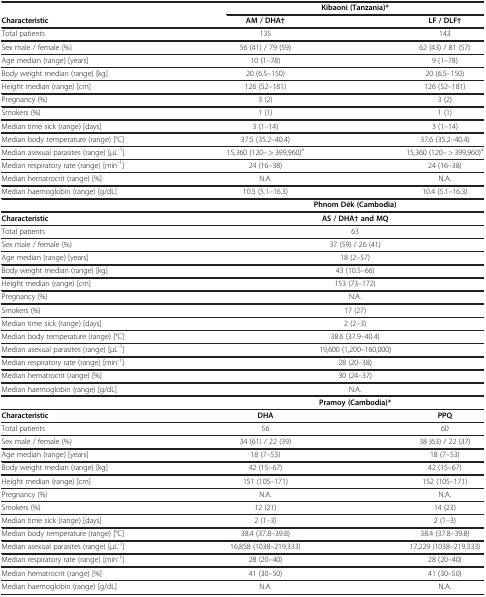
<table><thead><tr><td><b> </b></td><td colspan="2"><b>Kibaoni (Tanzania)*</b></td></tr><tr><td><b>Characteristic</b></td><td><b>AM / DHA†</b></td><td><b>LF / DLF†</b></td></tr></thead><tbody><tr><td>Total patients</td><td>135</td><td>143</td></tr><tr><td>Sex male / female (%)</td><td>56 (41) / 79 (59)</td><td>62 (43) / 81 (57)</td></tr><tr><td>Age median (range) [years]</td><td>10 (1–78)</td><td>9 (1–78)</td></tr><tr><td>Body weight median (range) [kg]</td><td>20 (6.5–150)</td><td>20 (6.5–150)</td></tr><tr><td>Height median (range) [cm]</td><td>126 (52–181)</td><td>126 (52–181)</td></tr><tr><td>Pregnancy (%)</td><td>3 (2)</td><td>3 (2)</td></tr><tr><td>Smokers (%)</td><td>1 (1)</td><td>1 (1)</td></tr><tr><td>Median time sick (range) [days]</td><td>3 (1–14)</td><td>3 (1–14)</td></tr><tr><td>Median body temperature (range) [°C]</td><td>37.5 (35.2–40.4)</td><td>37.6 (35.2–40.4)</td></tr><tr><td>Median asexual parasites (range) [μL<sup>-1</sup>]</td><td>15,360 (120– &gt; 399,960)<sup>a</sup></td><td>15,360 (120– &gt; 399,960)<sup>a</sup></td></tr><tr><td>Median respiratory rate (range) [min<sup>-1</sup>]</td><td>24 (16–38)</td><td>24 (16–38)</td></tr><tr><td>Median hematrocrit (range) [%]</td><td>N.A.</td><td>N.A.</td></tr><tr><td>Median haemoglobin (range) [g/dL]</td><td>10.5 (5.1–16.3)</td><td>10.4 (5.1–16.3)</td></tr><tr><td> </td><td colspan="2"><b>Phnom Dék (Cambodia)</b></td></tr><tr><td><b>Characteristic</b></td><td colspan="2"><b>AS / DHA† and MQ</b></td></tr><tr><td>Total patients</td><td colspan="2">63</td></tr><tr><td>Sex male / female (%)</td><td colspan="2">37 (59) / 26 (41)</td></tr><tr><td>Age median (range) [years]</td><td colspan="2">18 (2–57)</td></tr><tr><td>Body weight median (range) [kg]</td><td colspan="2">43 (10.5–66)</td></tr><tr><td>Height median (range) [cm]</td><td colspan="2">153 (73–172)</td></tr><tr><td>Pregnancy (%)</td><td colspan="2">N.A.</td></tr><tr><td>Smokers (%)</td><td colspan="2">17 (27)</td></tr><tr><td>Median time sick (range) [days]</td><td colspan="2">2 (2–3)</td></tr><tr><td>Median body temperature (range) [°C]</td><td colspan="2">38.6 (37.9–40.4)</td></tr><tr><td>Median asexual parasites (range) [μL<sup>-1</sup>]</td><td colspan="2">19,600 (1,200–160,000)</td></tr><tr><td>Median respiratory rate (range) [min<sup>-1</sup>]</td><td colspan="2">28 (20–38)</td></tr><tr><td>Median hematrocrit (range) [%]</td><td colspan="2">30 (24–37)</td></tr><tr><td>Median haemoglobin (range) [g/dL]</td><td colspan="2">N.A.</td></tr><tr><td> </td><td colspan="2"><b>Pramoy (Cambodia)*</b></td></tr><tr><td><b>Characteristic</b></td><td><b>DHA</b></td><td><b>PPQ</b></td></tr><tr><td>Total patients</td><td>56</td><td>60</td></tr><tr><td>Sex male / female (%)</td><td>34 (61) / 22 (39)</td><td>38 (63) / 22 (37)</td></tr><tr><td>Age median (range) [years]</td><td>18 (7–53)</td><td>18 (7–53)</td></tr><tr><td>Body weight median (range) [kg]</td><td>42 (15–67)</td><td>42 (15–67)</td></tr><tr><td>Height median (range) [cm]</td><td>151 (105–171)</td><td>152 (105–171)</td></tr><tr><td>Pregnancy (%)</td><td>N.A.</td><td>N.A.</td></tr><tr><td>Smokers (%)</td><td>12 (21)</td><td>14 (23)</td></tr><tr><td>Median time sick (range) [days]</td><td>2 (1–3)</td><td>2 (1–3)</td></tr><tr><td>Median body temperature (range) [°C]</td><td>38.4 (37.8–39.8)</td><td>38.4 (37.8–39.8)</td></tr><tr><td>Median asexual parasites (range) [μL<sup>-1</sup>]</td><td>16,858 (1038–219,333)</td><td>17,229 (1038–219,333)</td></tr><tr><td>Median respiratory rate (range) [min<sup>-1</sup>]</td><td>28 (20–40)</td><td>28 (20–40)</td></tr><tr><td>Median hematrocrit (range) [%]</td><td>41 (30–50)</td><td>41 (30–50)</td></tr><tr><td>Median haemoglobin (range) [g/dL]</td><td>N.A.</td><td>N.A.</td></tr></tbody></table>